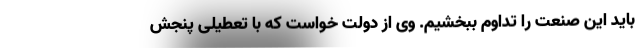
باید این صنعت را تداوم ببخشیم. وی از دولت خواست که با تعطیلی پنجش